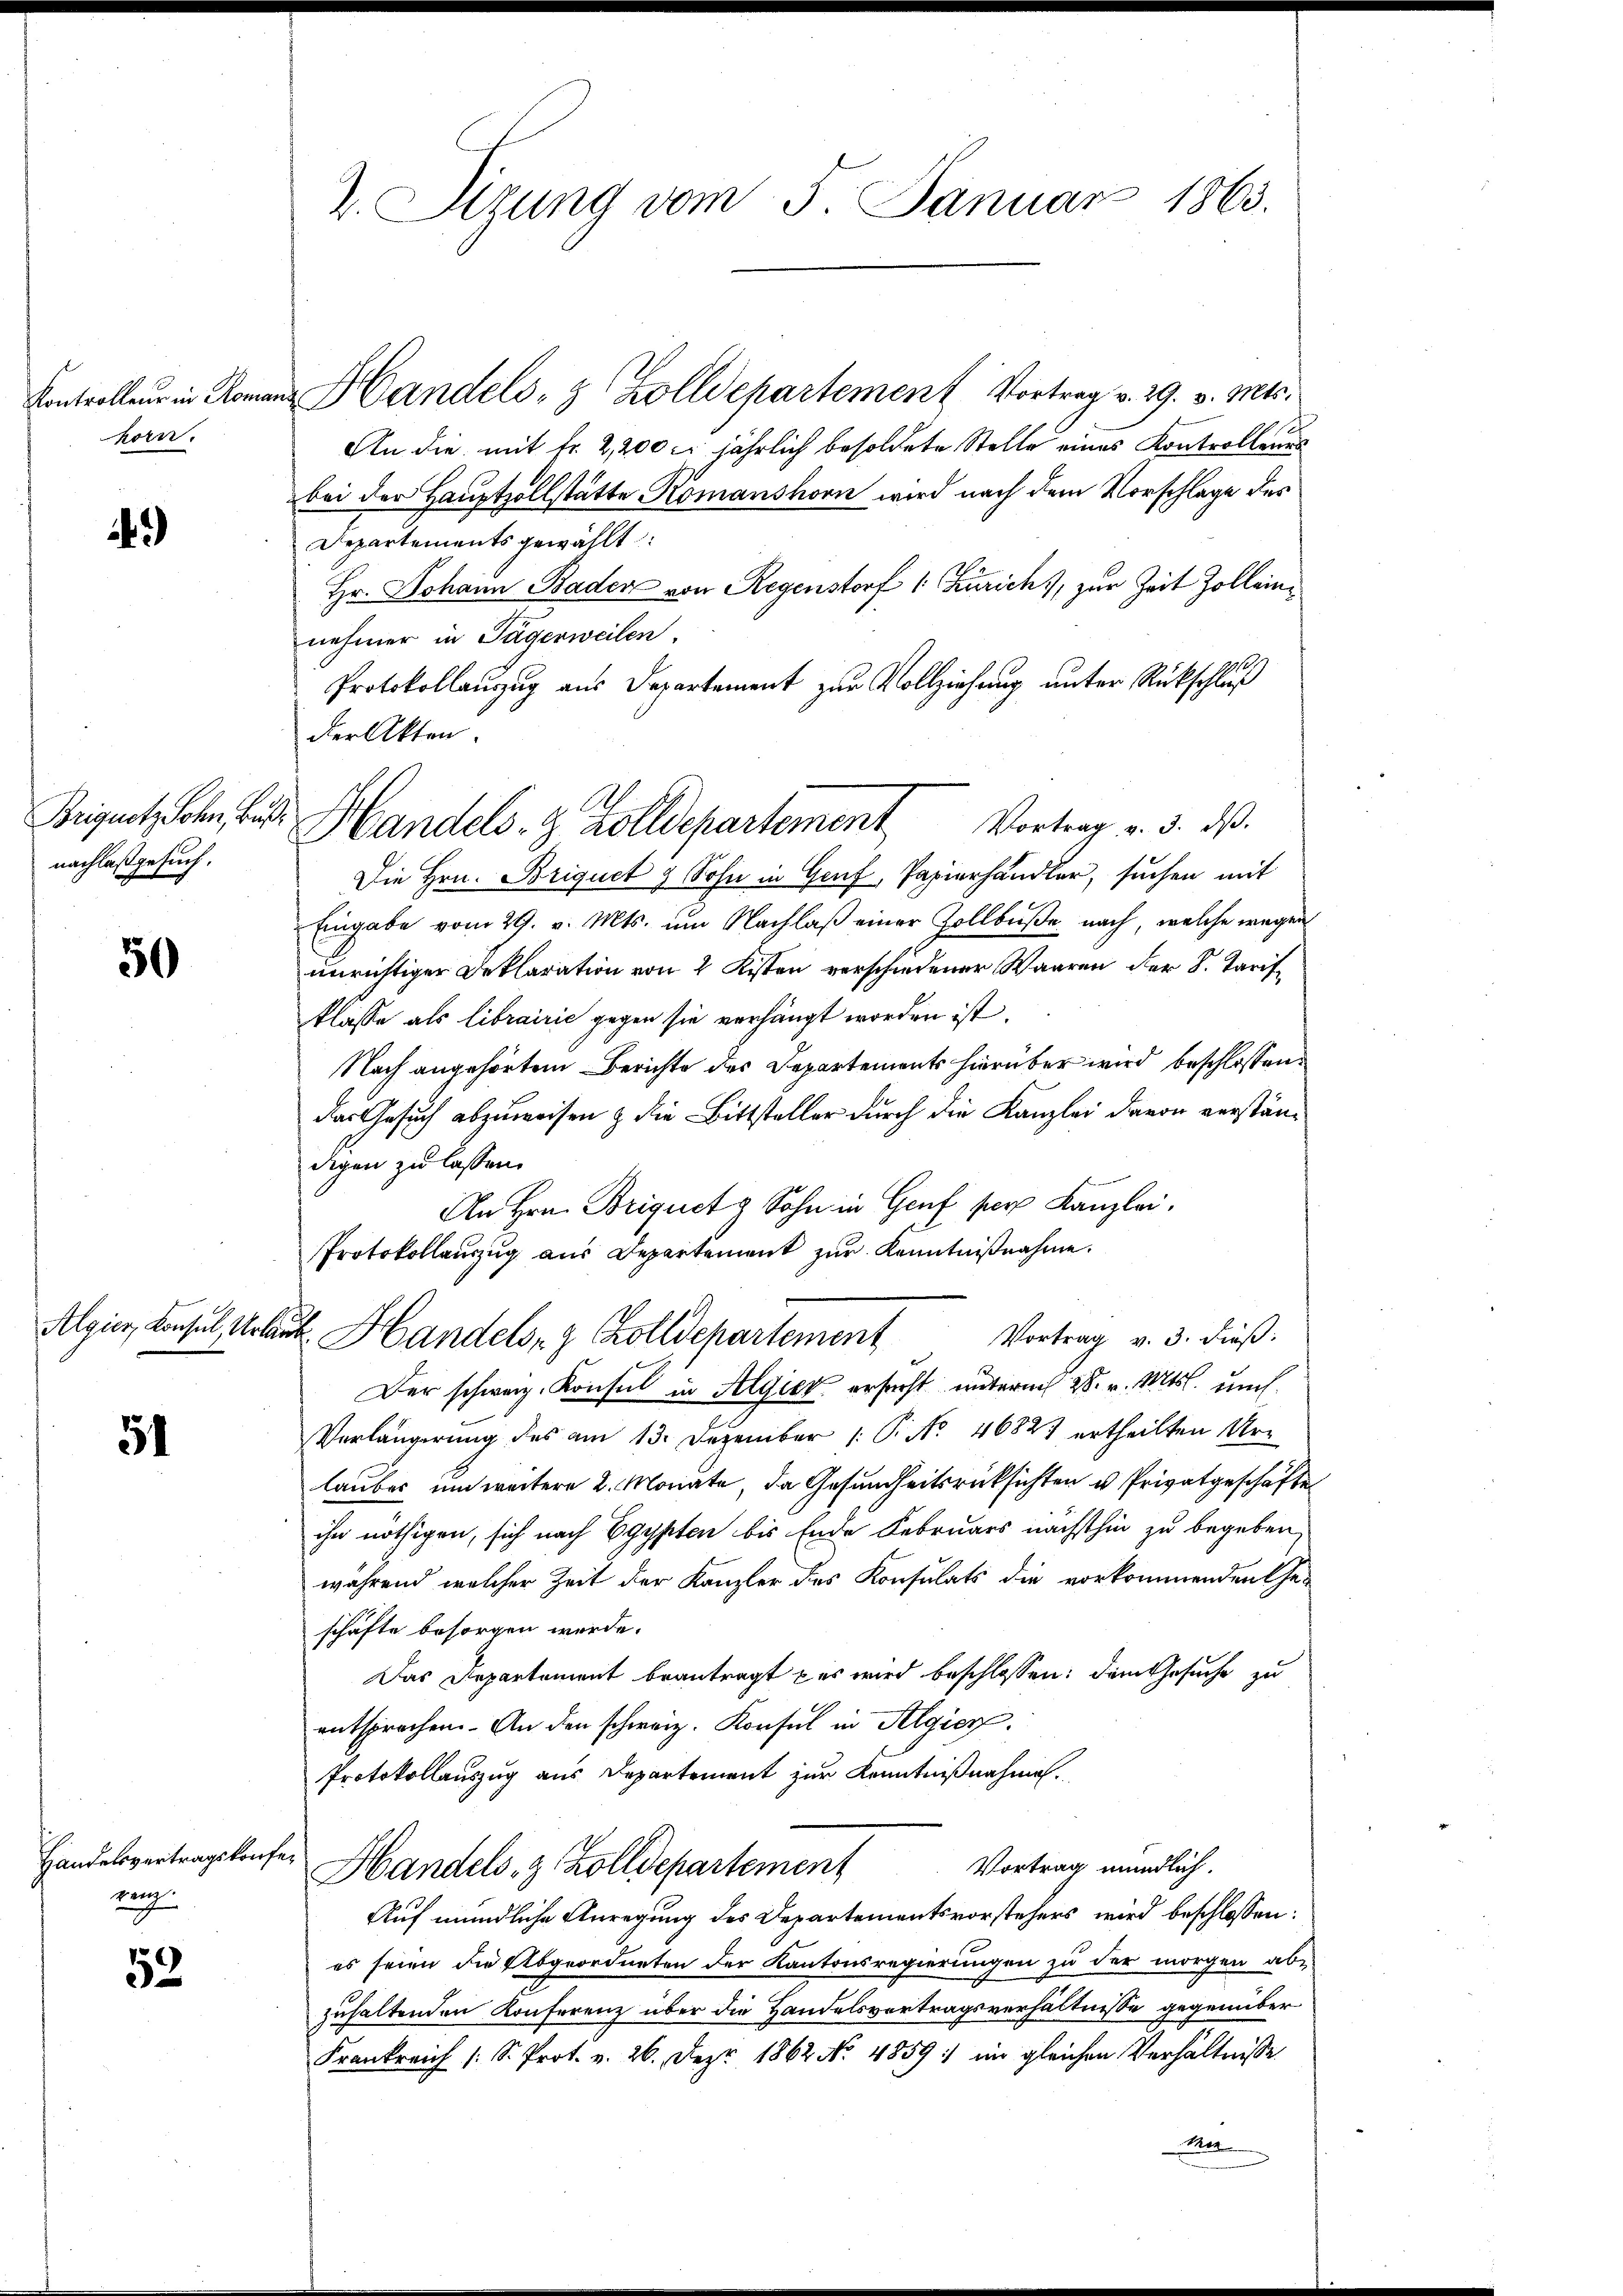
Kontrolleur in Roma
horn.

)

nachlaß gesuch.

50

51

Handelsvertragskonfeung

52

2. Sizung vom 5. Januar 1863.

Beignet blen, das Handels- & Zolldepartement Vortrag v. 3. ds.

Handels- & Zolldepartement Vortrag v. 29. v. Mts.
An die mit fr. 2,200 l. jährlich besoldete Stelle eines Kontrollenes
bei der Hauptzollstätte Romanshorn wird nach dem Vorschlage des
Departements gewählt:
Hr. Johann Bader von Regenstorf 1 Zürich, zur Zeit Zolleinnehmer in Tägerweilen.
19
Protokollauszug aus Departement zur Vollziehung unter Rückschluß
der Akten.
Die Hrn. Briquet & Sohn in Genf, Papierhändler, suchen mit
Eingabe vom 29. v. Mts. um Nachlaß einer Zollbuße nach, welche wegen
unrichtiger Deklaration von 2 Kisten verschiedener Waaren der S. Tarifklasse als librairić gegen sie verhängt worden ist.
Nach angehörtem Berichte des Departements hierüber wird beschlossen:
das Gesuch abzuweisen & die Bittsteller durch die Kanzlei davon verständigen zu lassen.
An Hrn. Briguet z Sohn in Genf per Kanzlei.
Protokollauszug aus Departement zur Kenntnißnahme.
Algier, Konsul Urlaub. Handels- & Zolldepartement Vortrag v. 3. dieβ.
Der schweiz. Konsul in Algier ersucht unterm 28. v. Mts. uns
Verlängerung des am 13. Dezember 1 P. Nr. 46827 ertheilten Urlauber, um weitere 2. Monate, da Gesundheitsrücksichten u Privatgeschäfte
ihn nöthigen, sich nach Egypten bis Ende Februars nächsthin zu begeben,
während welcher Zeit der Kanzler des Konsulats die vorkommenden Ge-
schäfte besorgen werde.
Das Departement beantragt es wird beschlossen: dem Gesuche zu
entsprochen. An den schweiz. Konsul in Algier
Protokollauszug aus Departement zur Kenntnißnahme.
Vortrag mündlich.
Handels- & Zolldepartement
Auf mündliche Anregung des Departementsvorstehers wird beschlossen:
es seien die Abgeordneten der Kantonsregierungen zu der morgen abe
zuhaltenden Konferenz über die Handelsvertragsverhältnisse gegenüber
Frankreich /: S. Prot. v. 26. Dez. 1862 No 4859: im gleichen Verhältnisse
Mar